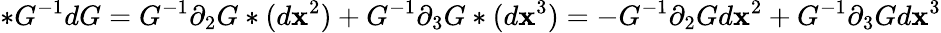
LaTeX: *G^{-1}dG=G^{-1}\partial_{2}G*(d\mathbf{x}^{2})+G^{-1}\partial_{3}G*(d\mathbf{x}^{3})=-G^{-1}\partial_{2}Gd\mathbf{x}^{2}+G^{-1}\partial_{3}Gd\mathbf{x}^{3}